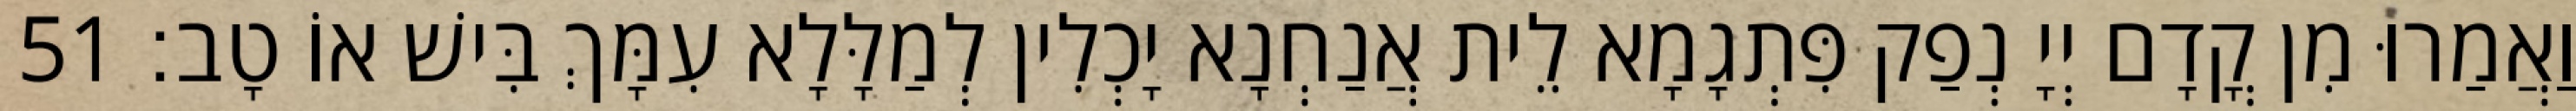
וַאֲמַרוּ מִן קֳדָם יְיָ נְפַק פִּתְגָמָא לֵית אֲנַחְנָא יָכְלִין לְמַלָּלָא עִמָּךְ בִּישׁ אוֹ טָב׃ 51